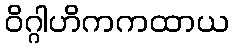
ဝိဂ္ဂါဟိကကထာယ